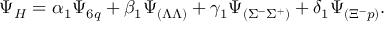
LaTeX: \Psi _ { H } = \alpha _ { 1 } \Psi _ { 6 q } + \beta _ { 1 } \Psi _ { ( \Lambda \Lambda ) } + \gamma _ { 1 } \Psi _ { ( \Sigma ^ { - } \Sigma ^ { + } ) } + \delta _ { 1 } \Psi _ { ( \Xi ^ { - } p ) } .